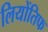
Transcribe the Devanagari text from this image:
लियोंतिफ